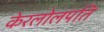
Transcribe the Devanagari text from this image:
केरलोलपति